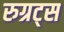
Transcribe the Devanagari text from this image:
रुग्रट्स